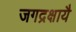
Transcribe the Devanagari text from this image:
जगद्रक्षायै